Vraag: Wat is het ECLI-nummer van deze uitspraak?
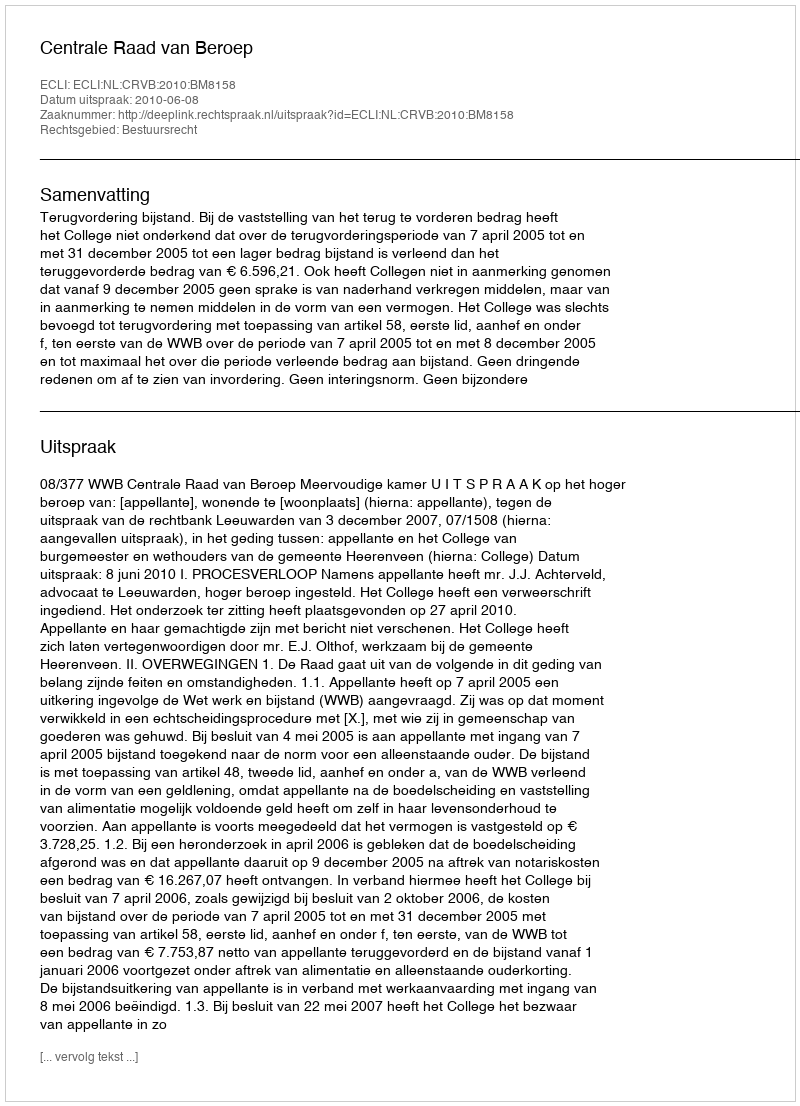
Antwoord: ECLI:NL:CRVB:2010:BM8158